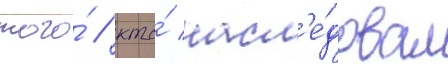
того́ / кто́ насл'е́довал